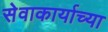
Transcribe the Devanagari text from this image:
सेवाकार्याच्या